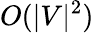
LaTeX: O(|V|^{2})